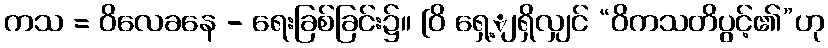
ကသ = ဝိလေခနေ - ရေးခြစ်ခြင်း၌။ [ဝိ ရှေ့ျရှိလျှင် “ဝိကသတိပွင့်၏”ဟု